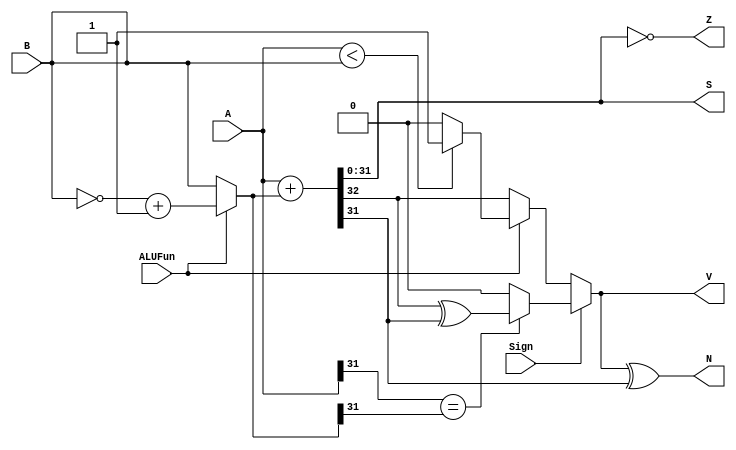
module ALU_arithmetic(Z, V, N, S, A, B, Sign, ALUFun);
output Z, V, N;
output [31:0] S;
input [31:0] A, B;
input ALUFun, Sign;
wire [31:0] Bnew;
wire [32:0] S_ext;
wire V_Sign, V_Unsign;
assign Bnew = (ALUFun) ? ~B+1: B;
assign S_ext = A+Bnew;
assign S = S_ext[31:0];
assign V_Sign = (A[31]==Bnew[31]) ? S_ext[32]^S_ext[31] : 0;
assign V_Unsign = (ALUFun) ? ((A<B) ? 1 : 0) : S_ext[32];
assign V = Sign ? V_Sign : V_Unsign;
assign Z = S==0;
assign N = V^S[31];
endmodule